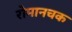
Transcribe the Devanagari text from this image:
रोमानचक